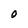
Character: O